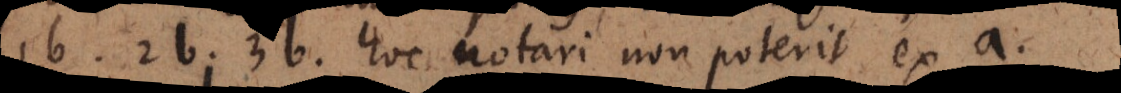
1b, 2b, 3b, hoc notari non poterit ex a,